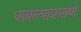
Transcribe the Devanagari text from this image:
धावल्याप्रमाणे